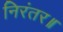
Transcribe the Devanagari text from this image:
निरंतर॥